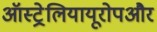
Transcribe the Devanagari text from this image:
ऑस्ट्रेलियायूरोपऔर